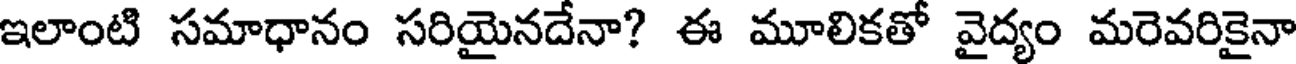
ఇలాంటి సమాధానం సరియైనదేనా? ఈ మూలికతో వైద్యం మరెవరికైనా